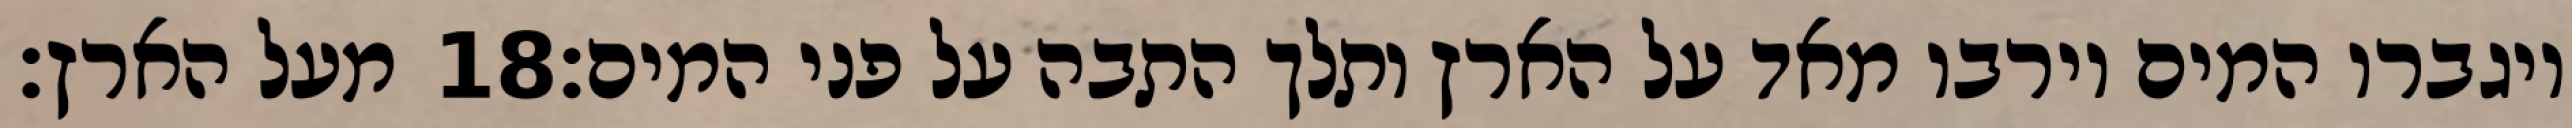
מעל הארץ׃ ‎18‏ ויגברו המים וירבו מאד על הארץ ותלך התבה על פני המים׃